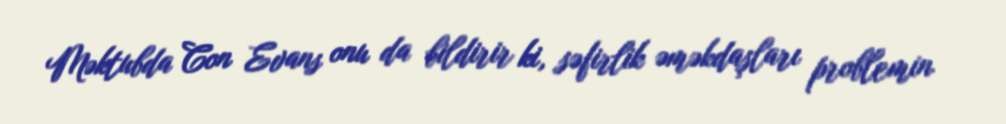
Məktubda Con Evans onu da bildirir ki, səfirlik əməkdaşları problemin